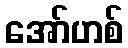
အော်ဟစ်